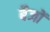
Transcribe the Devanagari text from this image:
बैजों